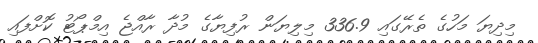
މިދިޔަ މަހުގެ ތެރޭގައި 336.9 މިލިޔަން ރުފިޔާގެ މުދާ ރާއްޖެ އިމްޕޯޓު ކޮށްފައި